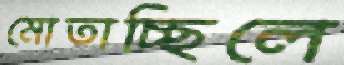
মোতাচ্ছিলে